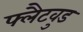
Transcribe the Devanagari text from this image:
फ्लैटवुड